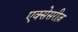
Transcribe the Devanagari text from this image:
एक्सेसरीज़